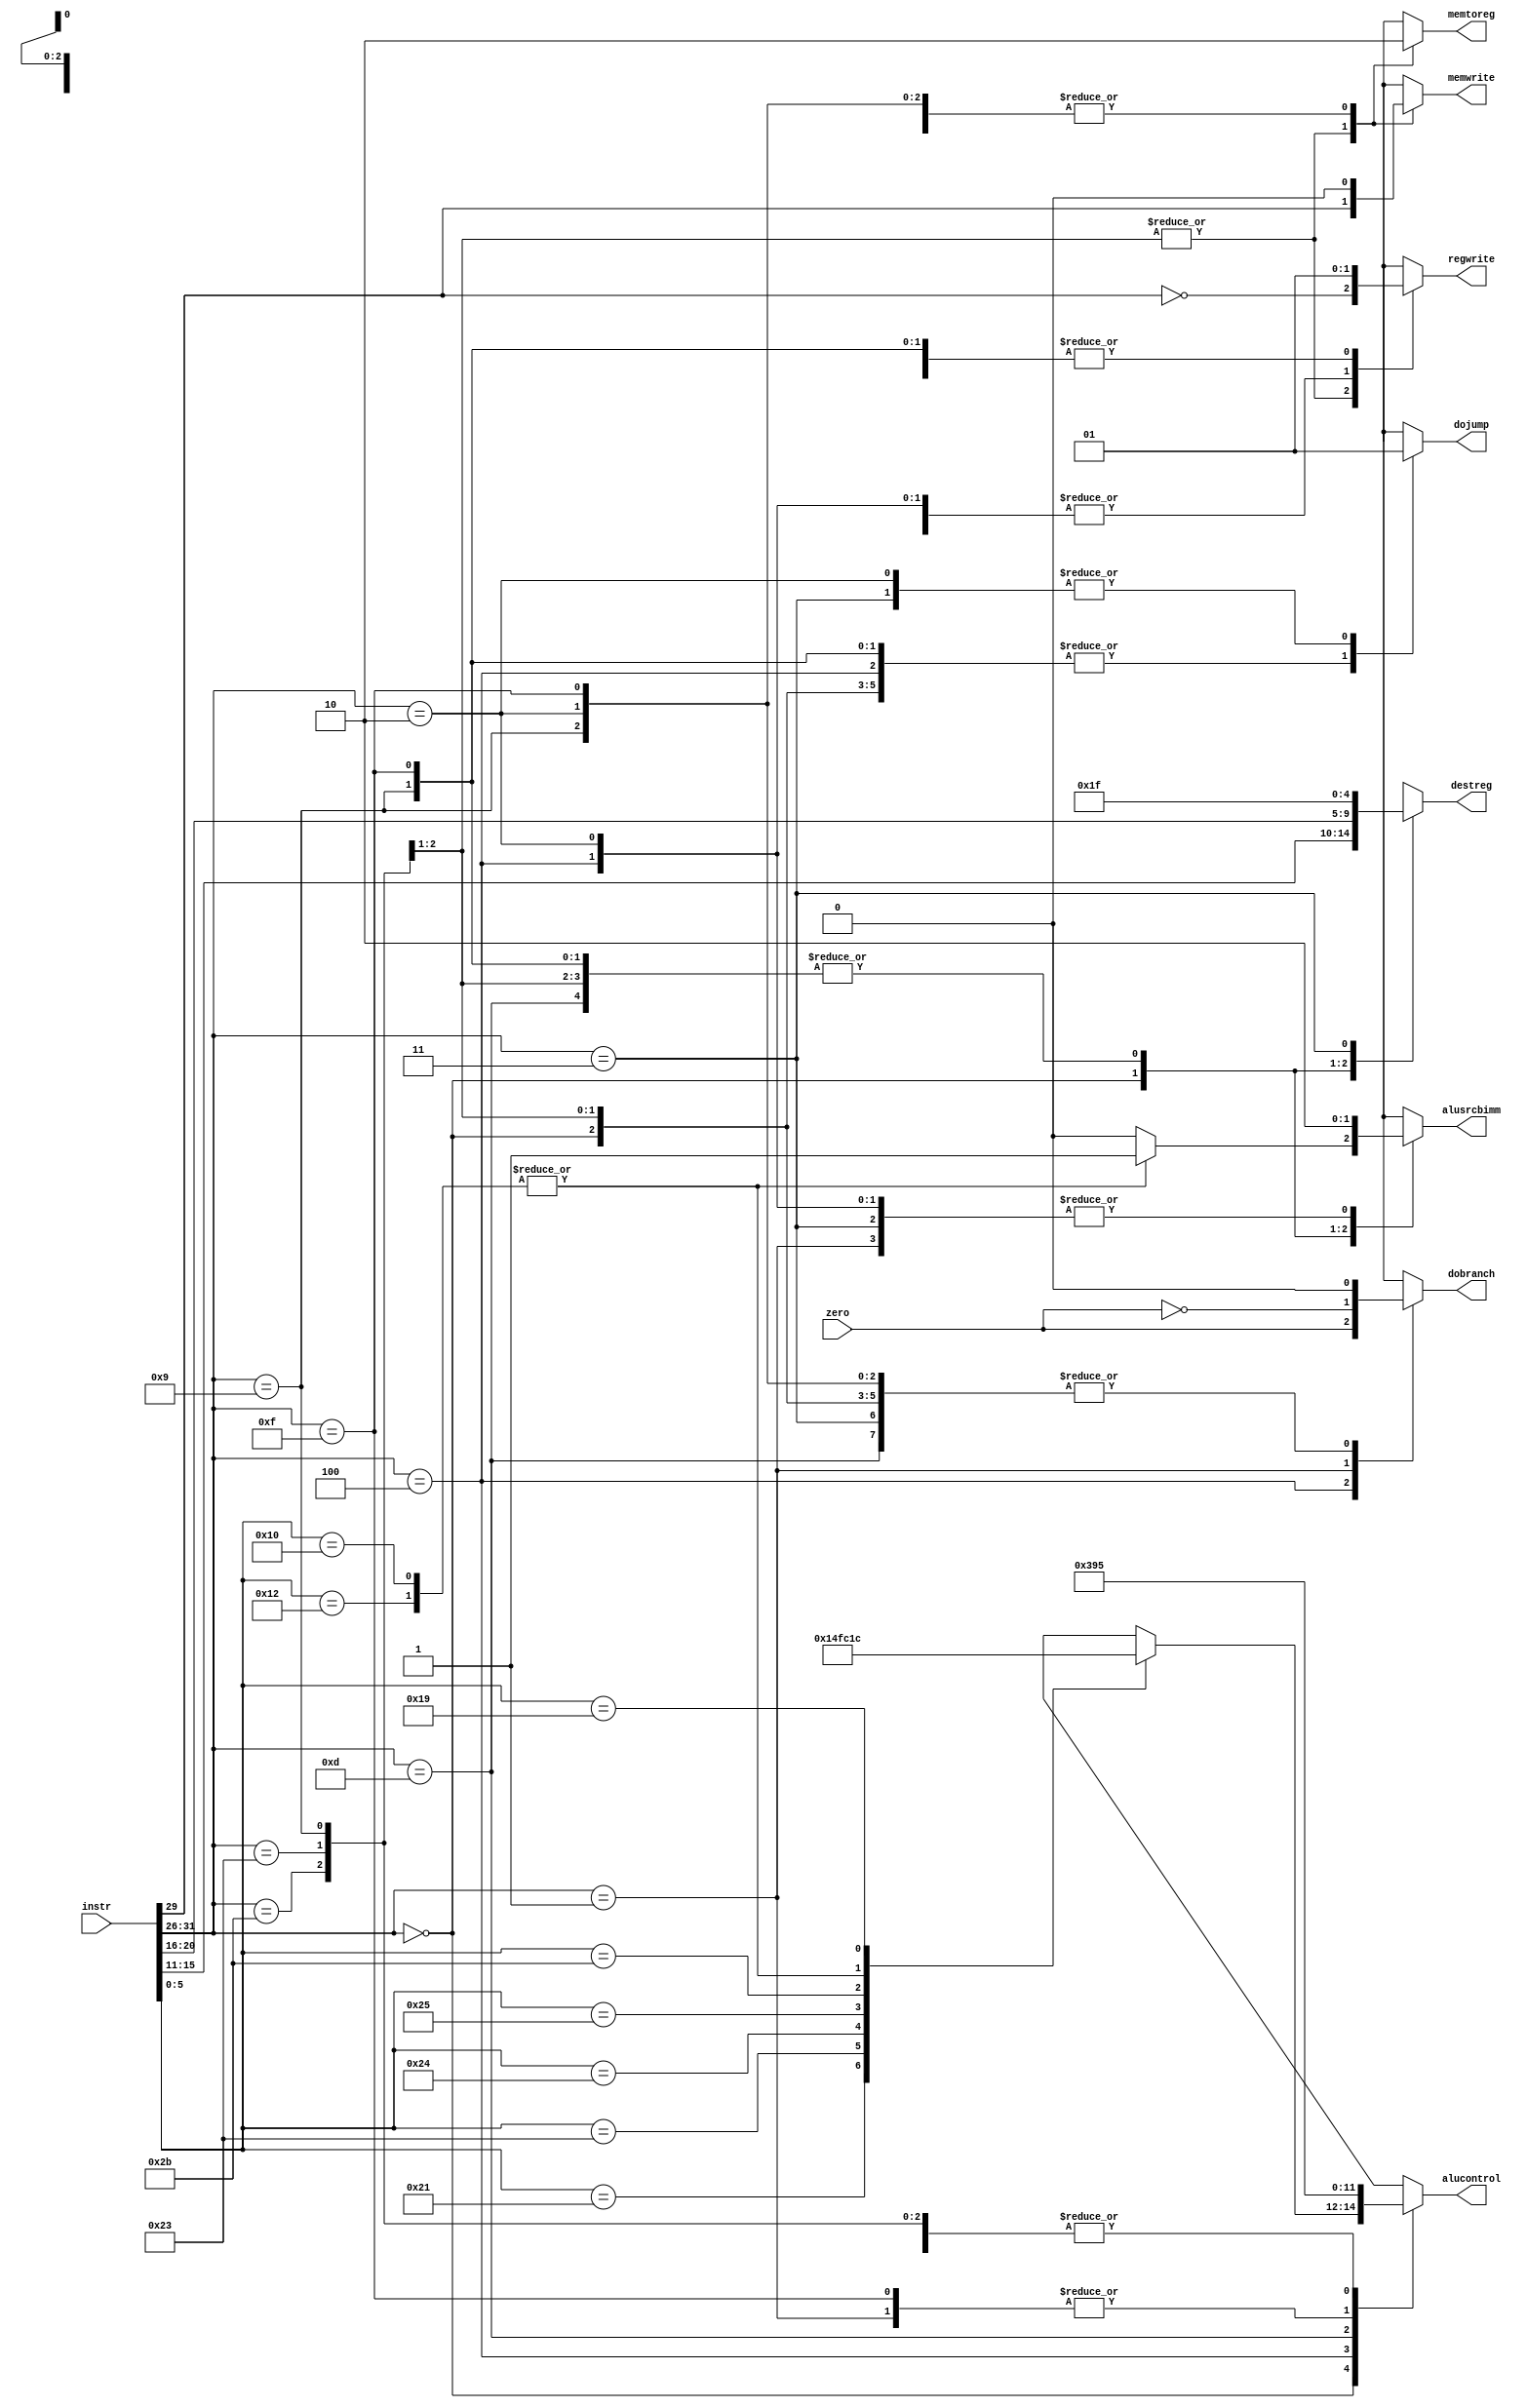
module Decoder(
	input     [31:0] instr,      // Instruktionswort
	input            zero,       // Liefert aktuelle Operation im Datenpfad 0 als Ergebnis?
        output reg       memtoreg,   // Verwende ein geladenes Wort anstatt des ALU-Ergebis als Resultat
	output reg       memwrite,   // Schreibe in den Datenspeicher
	output reg       dobranch,   // Fhre einen relativen Sprung aus
	output reg       alusrcbimm, // Verwende den immediate-Wert als zweiten Operanden
	output reg [4:0] destreg,    // Nummer des (mglicherweise) zu schreibenden Zielregisters
	output reg       regwrite,   // Schreibe ein Zielregister
	output reg       dojump,     // Fhre einen absoluten Sprung aus
        output reg [2:0] alucontrol // ALU-Kontroll-Bits
);
	// Extrahiere primren und sekundren Operationcode
	wire [5:0] op = instr[31:26];
	wire [5:0] funct = instr[5:0];

	always @*
	begin
            case (op)
                6'b000000: // Rtype Instruktion
                    begin
                        regwrite = 1;
                        destreg = instr[15:11];
                        alusrcbimm = 0;
                        dobranch = 0;
                        memwrite = 0;
                        memtoreg = 0;
                        dojump = 0;
                        case (funct)
                            6'b100001: alucontrol = 3'b101; // Addition unsigned
                            6'b100011: alucontrol = 3'b001; // Subtraktion unsigned
                            6'b100100: alucontrol = 3'b111; // and
                            6'b100101: alucontrol = 3'b110; // or
                            6'b101011: alucontrol = 3'b000; // set-less-than unsigned
                            6'b010010:
                                begin
                                    alucontrol = 3'b011; // mflo
                                    alusrcbimm = 1;
                                end
                            6'b010000:
                                begin
                                    alucontrol = 3'b011; // mfhi
                                    alusrcbimm = 1;
                                end
                            6'b011001:
                                begin
                                    alucontrol = 3'b100; // multu
                                    alusrcbimm = 0;
                                end
                            default:   alucontrol = 3'bx;// undefiniert
                        endcase
                    end
                6'b100011, // Lade Datenwort aus Speicher
                6'b101011: // Speichere Datenwort
                    begin
                       regwrite = ~op[3];
                       destreg = instr[20:16];
                       alusrcbimm = 1;
                       dobranch = 0;
                       memwrite = op[3];
                       memtoreg = 1;
                       dojump = 0;
                       alucontrol = 3'b101; // Addition: (Basisregister + Offset)
                    end
                6'b000100: // Branch Equal
                    begin
                       regwrite = 0;
                       destreg = 5'bx;
                       alusrcbimm = 0;
                       dobranch = zero; // Gleichheitstest
                       memwrite = 0;
                       memtoreg = 0;
                       dojump = 0;
                       alucontrol = 3'b001; // Subtraktion
                    end
                6'b001001: // Addition immediate unsigned
                    begin
                       regwrite = 1;
                       destreg = instr[20:16];
                       alusrcbimm = 1;
                       dobranch = 0;
                       memwrite = 0;
                       memtoreg = 0;
                       dojump = 0;
                       alucontrol = 3'b101; // Addition
                    end
                6'b000010: // Jump immediate
                    begin
                       regwrite = 0;
                       destreg = 5'bx;
                       alusrcbimm = 0;
                       dobranch = 0;
                       memwrite = 0;
                       memtoreg = 0;
                       dojump = 1;
                       alucontrol = 3'bx; // unused
                    end
                6'b001111: // Load upper immediate LUI
                    begin
                        regwrite = 1;
                        destreg = instr[20:16];
                        alusrcbimm = 1;
                        dobranch = 0;
                        memwrite = 0;
                        memtoreg = 0;
                        dojump = 0;
                        alucontrol = 3'b010; // Addition (a = 0; b = imm)
                    end
                6'b001101: // Or immediate ORI
                    begin
                        regwrite = 1;
                        destreg = instr[20:16];
                        alusrcbimm = 1;
                        dobranch = 0;
                        memwrite = 0;
                        memtoreg = 0;
                        dojump = 0;
                        alucontrol = 3'b110; // a or b
                    end
                6'b000001: // Branch Less Than Zero BLTZ
                    begin
                        regwrite = 0;
                        destreg = 5'bx;
                        alusrcbimm = 0;
                        dobranch = ~zero; //Wenn !zero 1 ist, ist a < 0
                        memwrite = 0;
                        memtoreg = 0;
                        dojump = 0;
                        alucontrol = 3'b010; // a < b (mit b=0)
                    end
                6'b000011: // jal jump and save pc+4 in reg31
                    begin
                        regwrite = 1;
                        destreg = 5'd31;
                        alusrcbimm = 1'b0;
                        dobranch = 0;
                        memwrite = 0;
                        memtoreg = 0;
                        dojump = 1;
                        alucontrol = 3'b101; // a + b
                    end
                default: // Default Fall
                    begin
                       regwrite = 1'bx;
                       destreg = 5'bx;
                       alusrcbimm = 1'bx;
                       dobranch = 1'bx;
                       memwrite = 1'bx;
                       memtoreg = 1'bx;
                       dojump = 1'bx;
                       alucontrol = 3'bx; // unused
                    end
            endcase
	end
endmodule